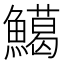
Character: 𩼙